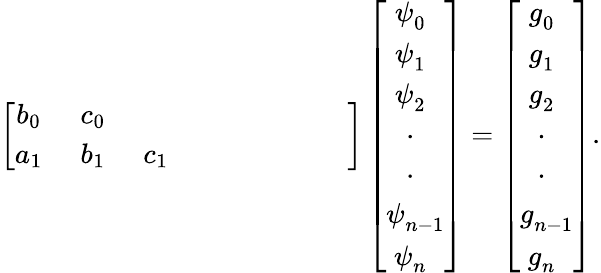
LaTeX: \left[\begin{array}{ccccccccc}{b_{0~~}}&{c_{0~~}}&{}&{}&{}&{}&{}&{}&{}\\ {a_{1~~}}&{b_{1~~}}&{c_{1~~}}&{}&{}&{}&{}&{}&{}\end{array}\right]\left[{\begin{array}{c}{\psi_{0~~}^{~}}\\ {\psi_{1~~}^{~}}\\ {\psi_{2~~}^{~}}\\ {~\cdot_{~~~}}\\ {~\cdot_{~~~}}\\ {\psi_{n-1}^{~}}\\ {\psi_{n~~}^{~}}\end{array}}\right]=\left[{\begin{array}{c}{g_{0~~}^{~}}\\ {g_{1~~}^{~}}\\ {g_{2~~}^{~}}\\ {~\cdot_{~~~}}\\ {~\cdot_{~~~}}\\ {g_{n-1}^{~}}\\ {g_{n~~}^{~}}\end{array}}\right].